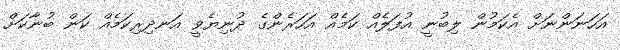
އަހަނަންނަށް އެކަމުން ލިބުނީ އުފަލެއް ކަމެއް އަހަރެންގެ ދުނިޔެވީ އަނދިރިކަމެއް ކަން ބުނާކަށް